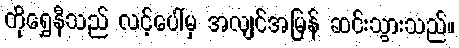
ကိုရွှေနီသည် လင့်ပေါ်မှ အလျင်အမြန် ဆင်းသွားသည်။